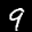
Label: 9